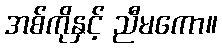
အစ်ကိုနှင့် ညီမကော။